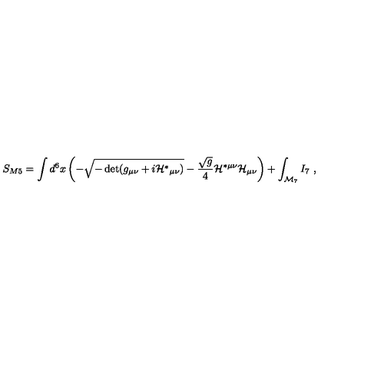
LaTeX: S _ { M 5 } = \int d ^ { 6 } x \left( - \sqrt { - \det ( g _ { \mu \nu } + i { \cal H } ^ { * } { } _ { \mu \nu } ) } - \frac { \sqrt { g } } 4 { \cal H } ^ { * \mu \nu } { \cal H } _ { \mu \nu } \right) + \int _ { { \cal M } _ { 7 } } I _ { 7 } \ ,